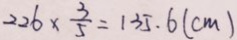
2 2 6 \times \frac { 3 } { 5 } = 1 3 5 . 6 ( c m )